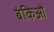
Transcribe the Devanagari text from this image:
बंकिओं